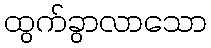
ထွက်ခွာလာသော